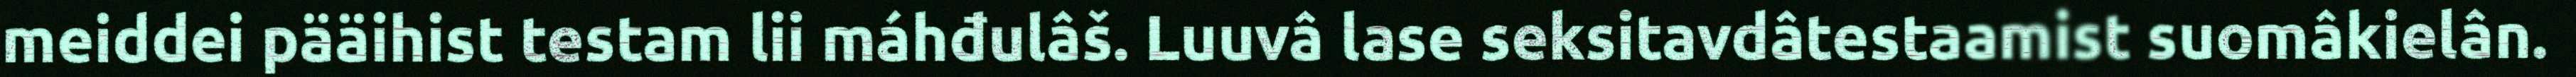
meiddei pääihist testam lii máhđulâš. Luuvâ lase seksitavdâtestaamist suomâkielân.